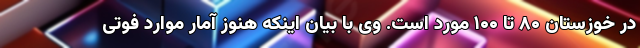
در خوزستان ۸۰ تا ۱۰۰ مورد است. وی با بیان اینکه هنوز آمار موارد فوتی